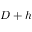
D + h